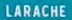
LARACHE